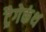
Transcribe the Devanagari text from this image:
ट्रैगेकंथ